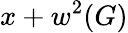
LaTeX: x+w^{2}(G)